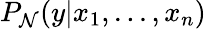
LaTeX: P_{\mathcal{N}}(y\vert x_{1},...,x_{n})